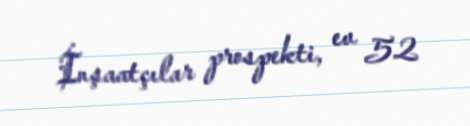
İnşaatçılar prospekti, ev 52